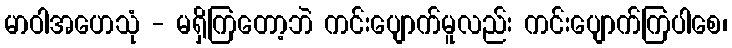
မာဝါအဟေသုံ - မရှိကြတော့ဘဲ ကင်းပျောက်မူလည်း ကင်းပျောက်ကြပါစေ၊